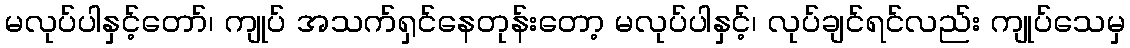
မလုပ်ပါနှင့်တော်၊ ကျုပ် အသက်ရှင်နေတုန်းတော့ မလုပ်ပါနှင့်၊ လုပ်ချင်ရင်လည်း ကျုပ်သေမှ